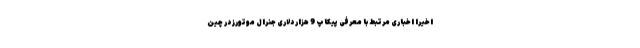
اخیرا اخباری مرتبط با معرفی پیکاپ 9 هزار دلاری جنرال موتورز در چین